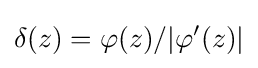
\delta (z)=\varphi (z)/|\varphi '(z)|